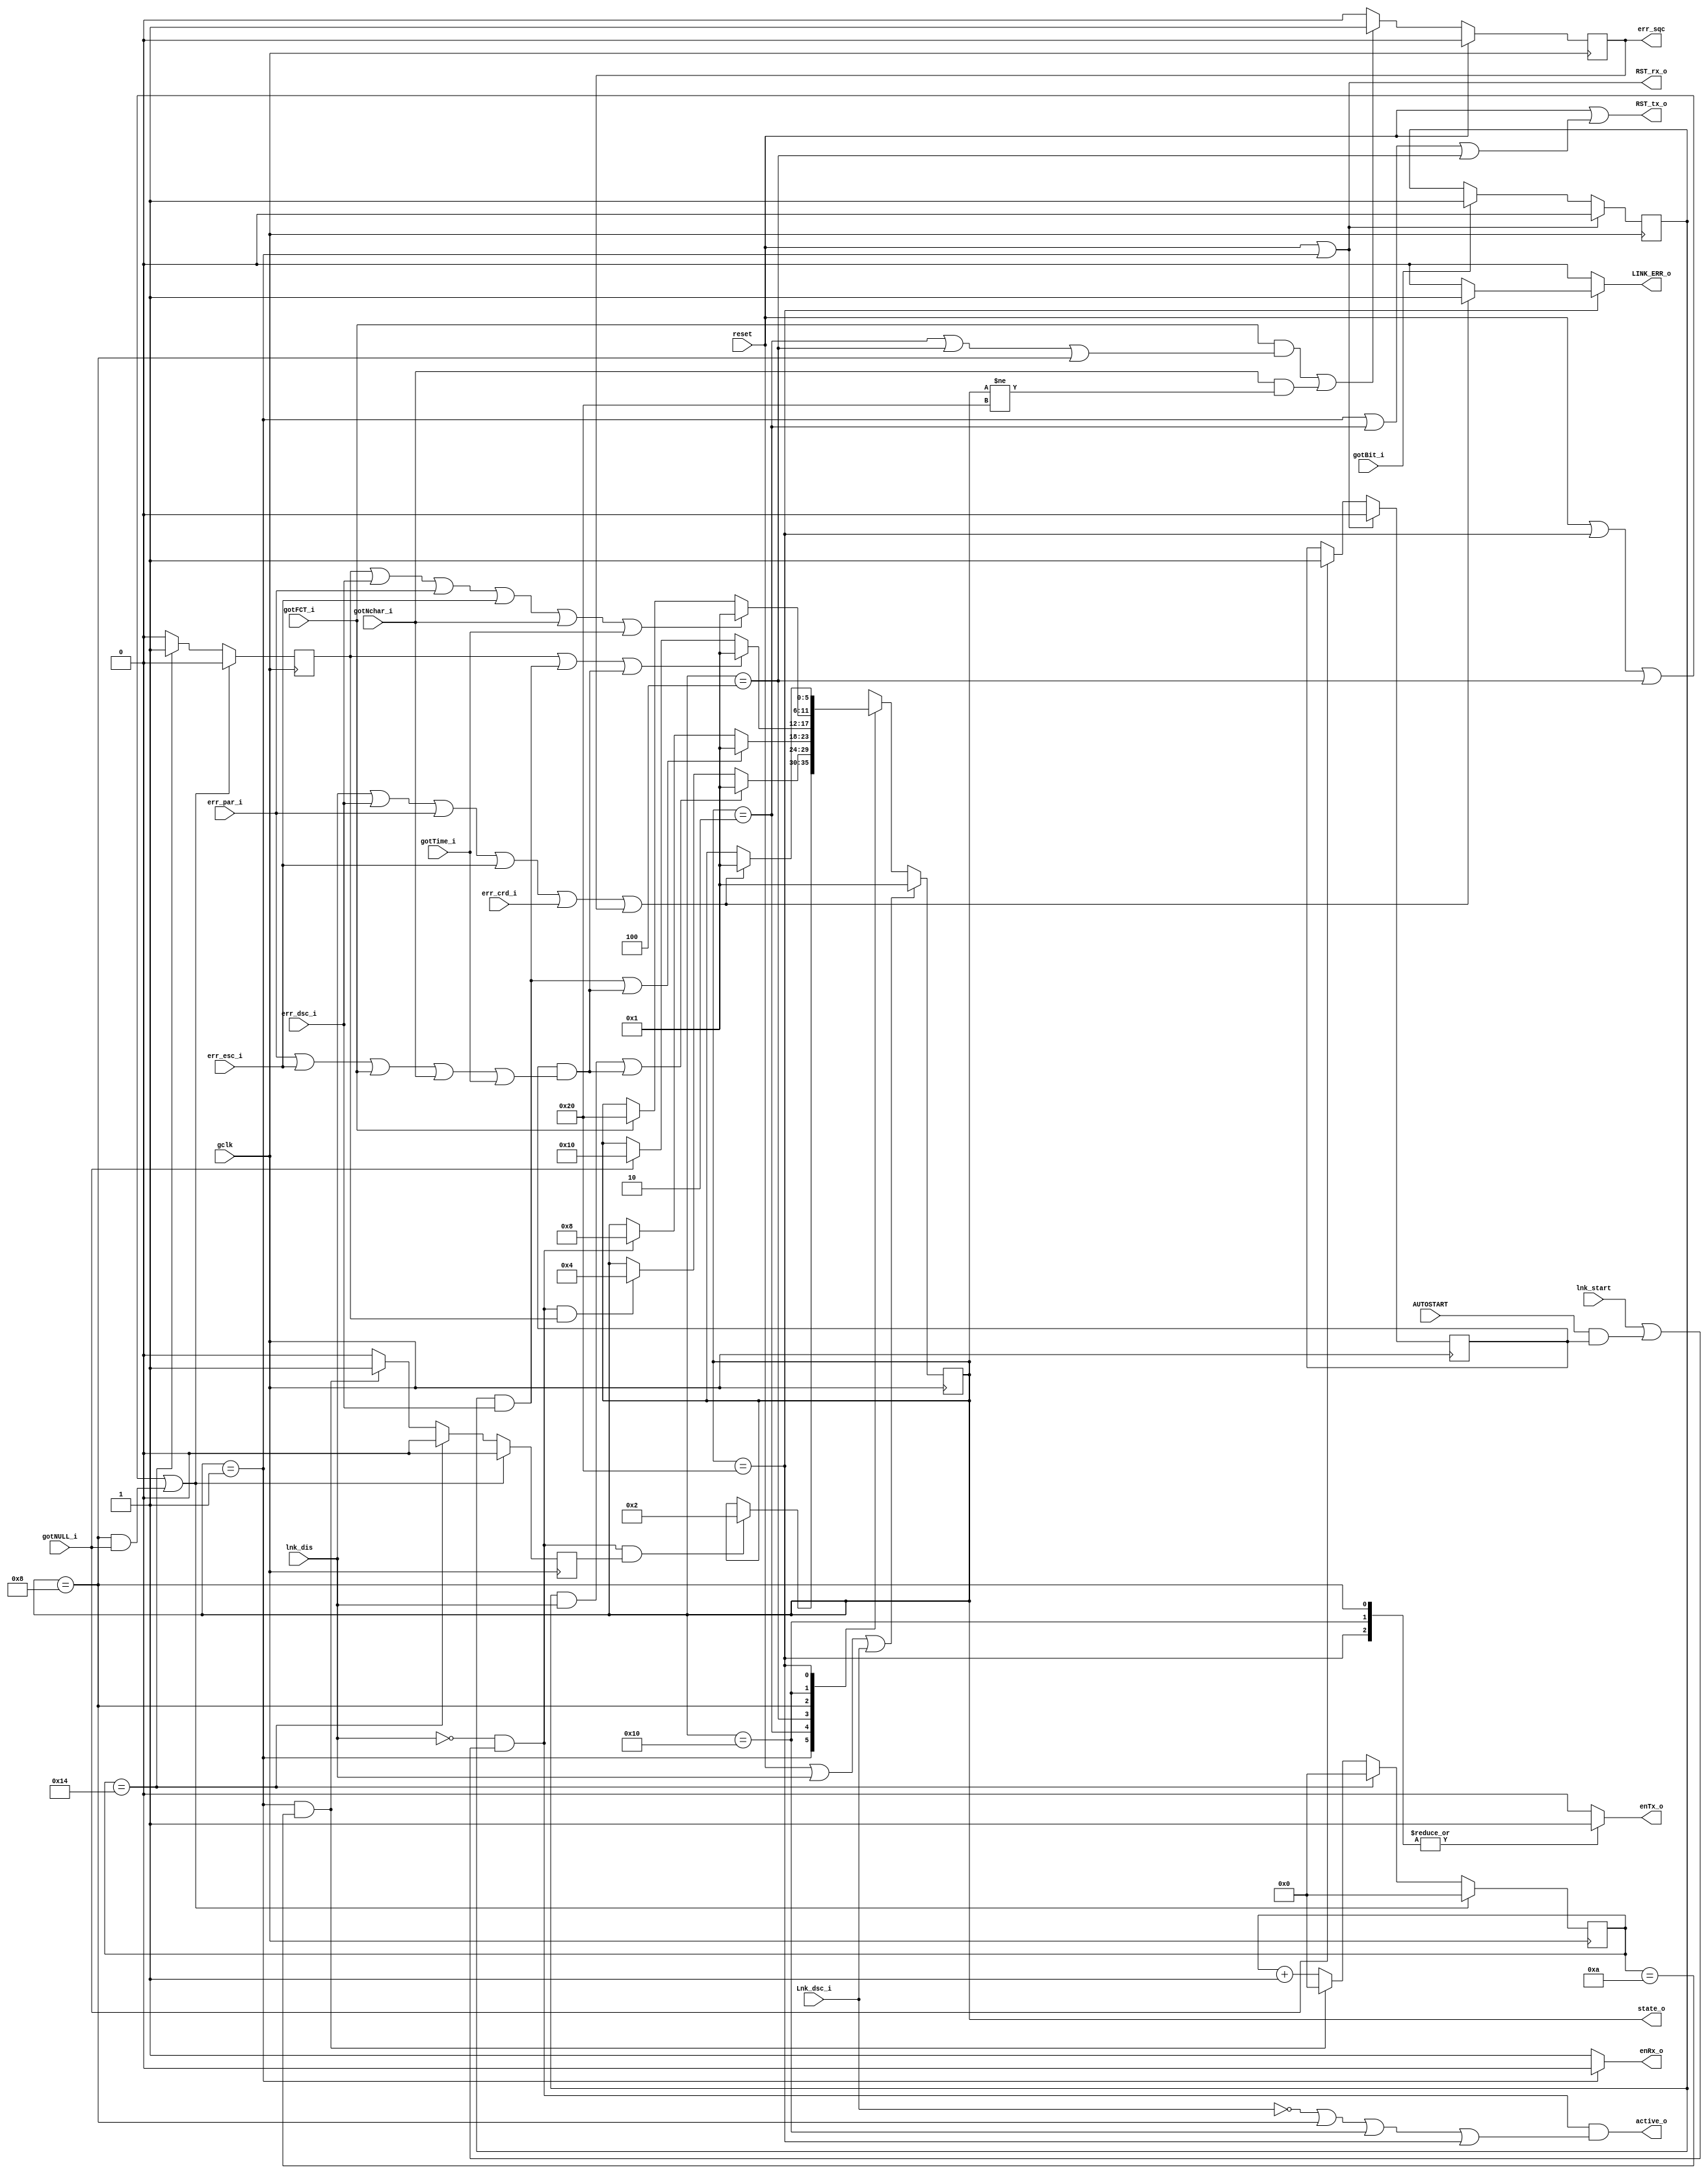
//File name=Module name=SPW_FSM  2005-2-18      btltz@mail.china.com    btltz from CASIC  
//Description:   The state exit conditions for SpaceWire encoder-decoder state machine:
//               Coder/Decoder FSM,also called the PPU(Protocol Processing Unit) Controls the overall operation of the link interface
//Abbreviations: FCT:     flow control token
//               N-Char:  normal characters(data or EOP or EEP).   L_Chars:Link characters.
//               EOP:     End_of_packet marcker;     EEP: error End_of_packet marcker.      
//Origin:        SpaceWire Std - Draft-1 of ECSS(European Cooperation for Space Standardization),ESTEC,ESA.
//--     TODO:	  make rtl faster
////////////////////////////////////////////////////////////////////////////////////
//
//
/*synthesis translate off*/
`timescale 1ns/100ps
/*synthesis translate on */
`define gFreq  80
`define ErrorReset  6'b000001
`define ErrorWait   6'b000010
`define Ready       6'b000100
`define Started     6'b001000     
`define Connecting  6'b010000
`define Run         6'b100000
`define reset  1	  // WISHBONE standard reset
`define FOR_SIM
//`define FOR_REAL

module SPW_FSM  //#(parameter DW=8)
               (output [5:0] state_o ,    //state is a global vector signal of the CODEC
                output active_o,      //Active interface
                input  lnk_start,lnk_dis, //Link enable interface, set by software or hardware
					 input  AUTOSTART,
					 
					 output reg LINK_ERR_o,             
                output reg err_sqc,   //err_Nchar or err_FCT as sequence err "should be detected by PPU"

//Interface with Transmitter
				    output RST_tx_o,
					 output reg enTx_o,  //control output to Transmitter
					 input err_crd_i,
//Interface with Receiver
				    output RST_rx_o,
					 output reg enRx_o,   //control output to Receiver 
					 input Lnk_dsc_i,
					 input gotBit_i,                      
                      gotFCT_i,gotNchar_i,gotTime_i,gotNULL_i, 
                      err_par_i,err_esc_i,err_dsc_i,       //input from receiver
//global signal input
                input reset,
                input gclk   /* synthesis syn_isclock = 1 */
                 );
                
                parameter StateNum = 6;
                parameter ErrorReset = `ErrorReset;  //6'b000001;
                parameter ErrorWait  = `ErrorWait;   //6'b000010;
                parameter Ready      = `Ready;       //6'b000100;
                parameter Started    = `Started;     //6'b001000;        
                parameter Connecting = `Connecting;  //6'b010000;
                parameter Run        = `Run;         //6'b100000;	
					                
					 parameter DEFLT      = 6'bxxxxxx;//6'bxxxxxx;

                parameter True = 1,  False = 0;
					 `ifdef FOR_SIM
                parameter NUM_T6_4uS = 10 , NUM_T12_8uS = 20; 
					 `else					
                parameter NUM_T6_4uS = (`gFreq==80) ? (64*8-1) :
					                        (`gFreq==100) ? (64*10-1) :
													(`gFreq==120)  ? (64*12-1)	:
													(`gFreq==50)    ? (64*5-1); 
					 parameter NUM_T12_8uS =(`gFreq==80) ? (128*8-1)  :
					                        (`gFreq==100) ? (128*10-1) :
													(`gFreq==120)  ? (128*12-1) :
													(`gFreq==50)    ? (128*5-1); 
					 `endif
                parameter TIMERW = 14;   //Timer width MAX=16,384. *1ns for 16us

reg [StateNum-1:0] state, next_state/* synthesis syn_encoding="safe,onhot" */;
reg t6_4us,t12_8us;          //The output of the timer indicate if adequate time has elapsed

///////////////////
// Output Generate
//
reg HASgotNULL;
reg HASgotBit;
always @(posedge gclk)
if(reset ||state==ErrorReset)
  begin
  HASgotNULL <= 0;
  HASgotBit <= 0;
  end
else begin
     if(gotNULL_i)
     HASgotNULL <= 1'b1;
     if(gotBit_i)
	  HASgotBit <= 1'b1;
     end

assign RST_tx_o = reset || (state == ErrorReset || state==ErrorWait || state==Ready);
assign RST_rx_o = reset || (state == ErrorReset);
assign state_o = state;
assign lnk_en = ~lnk_dis && ( lnk_start || (AUTOSTART && HASgotNULL) );//internal "lnk_en" to enable link

assign active_o = lnk_en && 
                 ( !Lnk_dsc_i  //indicate Rx is receiving
                  || state==Started || state==Connecting  || state==Run );//indicate Tx is transmitting

////////////////////////////
// err_sqc   made
// Charactor sequence error
always @(posedge gclk)
if(reset)
    err_sqc <= 0;
else begin
     err_sqc <= 0;
     if( gotFCT_i && (state==ErrorWait || state==Ready || state==Started) 
	    || gotNchar_i && state!=Run )
     err_sqc <= 1;  //character sequence error can only occur during initialization.
	  end

//////////////////////
// PPU	(fsm)
//
always @(posedge gclk)
begin:STATES_TRANSFER
  if (reset || lnk_dis || Lnk_dsc_i)
     state <= ErrorReset;  //Initialized state
  else                    // state transfer
     state <= next_state;          
end  //end block "STATES_TRANSFER"

//------ next_state assignment
always @(*)
begin:NEXT_ASSIGN
  //Default Values for FSM outputs:
    /*RST_tx_o = 1'b0;                 //not reset
    RST_rx_o = 1'b0;	*/
    enRx_o = 1'b1;
    enTx_o = 1'b0;	
	 LINK_ERR_o = 1'b0;

  //Use "Default next_state" style ->
    next_state = state;

  case(state)  /* synthesis parallel_case */
         ErrorReset    : begin/*Time-lapse*///Entered when the link interface is reset, when the link is disabled [Link Disabled] in the 
                                            //Run state, or when error conditions occur in any other state.
                           enRx_o = 1'b0;	                         
//The error detecting end shall be reset and re-initialized to recover character synchronization and flow control status.
                           if(lnk_en && t6_4us==True)
                           next_state = ErrorWait;
                         end
         ErrorWait:      begin/*Time-lapse*///Entered from ErrorReset state after being in ErrorReset state for 6,4us
                           if(HASgotBit && lnk_dis  
                             || HASgotNULL && (err_par_i || err_esc_i || gotFCT_i || gotNchar_i || gotTime_i) )
                           next_state = ErrorReset;
                           else if(lnk_en && t12_8us==True)
                             next_state = Ready;
                         end
         Ready/*Temp*/ : begin  //Entered from ErrorWait state after being in ErrorWait state for 12,8us
                           if( HASgotBit && err_dsc_i 
                              || HASgotNULL && (err_par_i || err_esc_i || gotFCT_i || gotNchar_i || gotTime_i) )
                           next_state = ErrorReset;
                           else if(lnk_en)
                           next_state = Started; 
                         end
         Started       : begin   //Entered from Ready state when [LinkEnabled] guard is TRUE
                           enTx_o = 1'b1;                                                  
                           if( (t12_8us==True) ||  //after 12,8us
                                HASgotBit && err_dsc_i || 
                                HASgotNULL && (err_par_i || err_esc_i || gotFCT_i || gotNchar_i || gotTime_i) ) 
                             next_state = ErrorReset;   //GotNULL Timeout
                           else if (gotNULL_i ==True)
                             next_state = Connecting;
                         end
         Connecting    : begin    //Entered from Started state on receipt of gotNULL (which also satisfies First Bit Received)
                          enTx_o = 1'b1;
                          if( (t12_8us==True)     ||  //gotFCT Timeout
                              (err_dsc_i==True) ||   //First Bit Received as part of the gotNULL
                                err_par_i       ||    //First NULL Received is already True in order to enter this state
                                err_esc_i          ||     //First NULL Received is already True in order to enter this state
                                gotNchar_i      ||      //First NULL Received is already True in order to enter this state
                                gotTime_i )         //First NULL Received is already True in order to enter this state                                
                          next_state = ErrorReset;    
                          else if(gotFCT_i==True)
                          next_state = Run;   
                         end
         Run           : begin //Entered from Connecting state when FCT received. First Bit Received and
                                     //gotNULL conditions are TRUE since they were True in Connecting state.
                           enTx_o = 1'b1;	                        
                           if(  lnk_dis
									   || err_dsc_i //First Bit Received is already True since passed through Connecting State
                              || err_par_i //First NULL Received is already True since passed through Connecting State
                              || err_esc_i //First NULL Received is already True since passed through Connecting State
                              || err_crd_i //First NULL Received is already True since passed through Connecting State
                              || err_sqc  )//If the escape error occurs in the Run state then the escape error shall be flagged up to the Network Level as a "link error"   
                           begin
									LINK_ERR_o = 1'b1;
                           next_state = ErrorReset;
                           end
								 end        
           /* Default assignment for simulation */ 
         default : next_state = DEFLT;  
   endcase

end //end block NEXT_ASSIGN(and output assignment)


//////////////////////////////////
// The Timer for 6.4us & 12.8us
reg [TIMERW-1:0] timer;
always @(posedge gclk)
begin:TIMER  	        
  if(reset || (state==Run) || (state==Ready) || ( (state==Started) && gotNULL_i ) )
      begin
		t6_4us <= 1'b0;
		t12_8us <= 1'b0;
		timer <= 0;
		end     
  else if (timer == NUM_T12_8uS) 
       begin
		 t12_8us <= 1'b1;   //Timer overflow pulse to trigger states transform
		 t6_4us <= 1'b0;
       timer <= 0; 			 
       end
  else if ( (state==ErrorReset) && (timer ==NUM_T6_4uS ) )
       begin    
		 t6_4us <= 1'b1; 
		 timer <= 0;  			
		 t12_8us <= 1'b0; 
		 end
  else 
      begin
		 t6_4us <= 1'b0;
		 t12_8us <= 1'b0;  
       timer <= timer + 1'b1;
      end
end   //End block "TIMER" ...

//...................................................................................
endmodule

`undef ErrorReset 
`undef ErrorWait  
`undef Ready      
`undef Started     
`undef Connecting  
`undef Run    
`undef reset